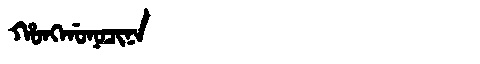
Manchu: ᡥᠣᠩᡤᠣᠨᠣᠴᡳᠨᠠ
Romanization: HONGGONOCINA